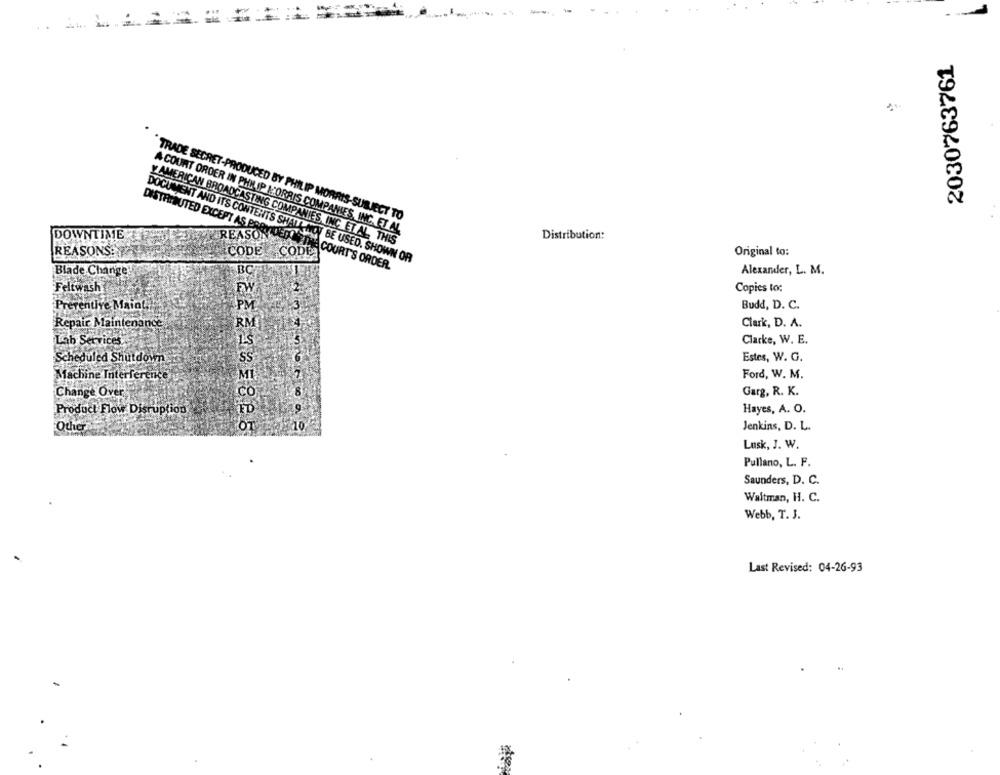
--
..
2030763761
"TRADE SECRET-PRODUCED BY PHILIP MORRIS-SUBJECT TO
DISTRIBUTED EXCEPT AS
A COURT ORDER IN PHILIP MORRIS COMPANIES, INC. ET AL
DOWNTIME
Distribution:
Y AMERICAN BROADCASTING COMPANIES, INC. ET AL. THIS
REASONS:
CODE
CODE
Original to:
DOCUMENT AND ITS CONTENTS SHALL NOT BE USED. SHOWN OR
Blade Change
REASON DIE COURT'S ORDER.
Alexander, L. M.
Feltwash
Copies to:
Preventive Maint,
PM
Budd, D. C.
Repair Maintenance
Clark, D. A.
RM
Lab Services
Clarke, W. E.
Estes, W. G.
Scheduled Shutdown
Machine Interference
Ford, W. M.
Change Over
Garg, R. K.
Product Flow Disruption
Hayes, A. O.
Other
Jenkins, D. L.
B222 26 9885
Lusk, J. W.
Pullano, L. F.
Saunders, D. C.
Waltman, H. C.
Webb, T. J.
Last Revised: 04-26-93